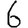
Digit: 6